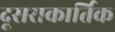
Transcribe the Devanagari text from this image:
दूसराकार्तिक